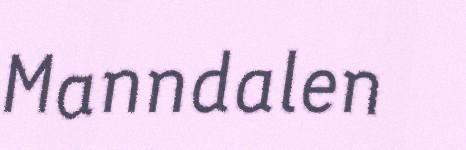
Manndalen